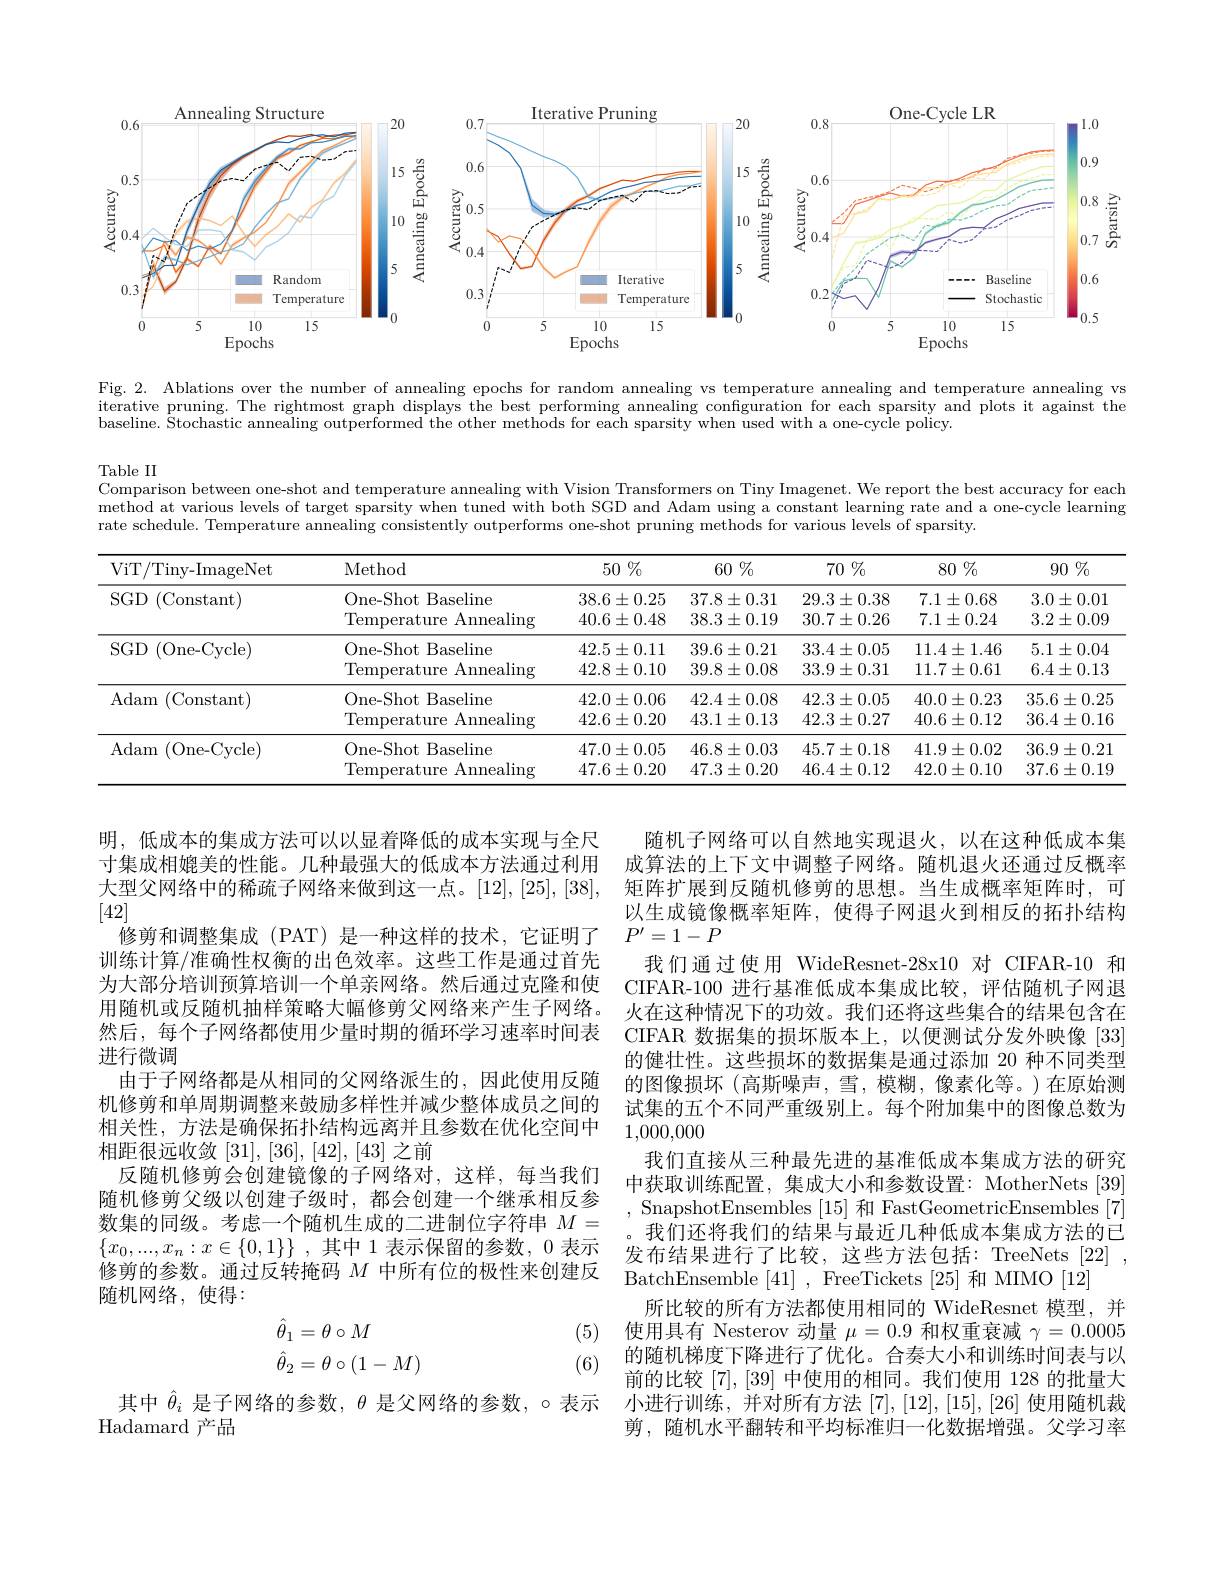
<FigureHere>

Fig. 2. Ablations over the number of annealing epochs for random annealing vs temperature annealing and temperature annealing vs iterative pruning. The rightmost graph displays the best performing annealing configuration for each sparsity and plots it against the baseline. Stochastic annealing outperformed the other methods for each sparsity when used with a one-cycle policy.

Table II
Comparison between one-shot and temperature annealing with Vision Transformers on Tiny Imagenet. We report the best accuracy for each $\dot{\text{method at various levels of target sparsity when tuned with both SGD and Adam using a constant learning rate and a one-cycle learning}}$ rate schedule. Temperature annealing consistently outperforms one-shot pruning methods for various levels of sparsity.

<table>
	<tbody>
		<tr>
			<th>ViT/Tiny-ImageNet</th>
			<th>Method</th>
			<th>$50\%$</th>
			<th>$60\%$</th>
			<th>70 $\%$</th>
			<th>80 $\%$</th>
			<th>$90\%$</th>
		</tr>
		<tr>
			<td>$SGD$ ${\mathrm{~(Constant)}}$</td>
			<td>One- Shot Baseline Temperature Annealing</td>
			<td>$38.6\pm0.25$ $40.6\pm0.48$</td>
			<td>$37.8\pm0.31$ $38.3\pm0.19$</td>
			<td>$29.3\pm0.38$ $30.7\pm0.26$</td>
			<td>$7.1\pm0.68$ $7.1\pm0.24$</td>
			<td>$3.0\pm0.01$ $3.2\pm0.09$</td>
		</tr>
		<tr>
			<td>$SGD$ ( One- Cycle) </td>
			<td>One-Shot Baseline Temperature Annealing</td>
			<td>$42.5\pm0.11$ $42.8\pm0.10$</td>
			<td>$39.6\pm0.21$ $39.8\pm0.08$</td>
			<td>$33.4\pm0.05$ $33.9\pm0.31$</td>
			<td>$11.4\pm1.46$ $11.7\pm0.61$</td>
			<td>$5.1\pm0.04$ $6.4\pm0.13$</td>
		</tr>
		<tr>
			<td>Adam (Constant)</td>
			<td>One- Shot Baseline Temperature Annealing</td>
			<td>$42.0\pm0.06$ $42.6\pm0.20$</td>
			<td>$42.4\pm0.08$ $43.1\pm0.13$</td>
			<td>$42.3\pm0.05$ $42.3\pm0.27$</td>
			<td>$40.0\pm0.23$ $40.6\pm0.12$</td>
			<td>$35.6\pm0.25$ $36.4\pm0.16$</td>
		</tr>
		<tr>
			<td>Adam ( One- Cycle) </td>
			<td>One- Shot Baseline Temperature Annealing</td>
			<td>$47.0\pm0.05$ $47.6\pm0.20$</td>
			<td>$46.8\pm0.03$ $47.3\pm0.20$</td>
			<td>$45.7\pm0.18$ $46.4\pm0.12$</td>
			<td>$41.9\pm0.02$ $42.0\pm0.10$</td>
			<td>$36.9\pm0.21$ $37.6\pm0.19$</td>
		</tr>
	</tbody>
</table>

明，低成本的集成方法可以以显着降低的成本实现与全尺寸集成相媲美的性能。几种最强大的低成本方法通过利用大型父网络中的稀疏子网络来做到这一点。[12],[25],[38], [42]
修剪和调整集成 (PAT) 是一种这样的技术，它证明了训练计算/准确性权衡的出色效率。这些工作是通过首先为大部分培训预算培训一个单亲网络。然后通过克隆和使用随机或反随机抽样策略大幅修剪父网络来产生子网络。然后，每个子网络都使用少量时期的循环学习速率时间表进行微调
由于子网络都是从相同的父网络派生的，因此使用反随机修剪和单周期调整来鼓励多样性并减少整体成员之间的相关性，方法是确保拓扑结构远离并且参数在优化空间中相距很远收敛[31],[36],[42],[43]之前
反随机修剪会创建镜像的子网络对，这样，每当我们随机修剪父级以创建子级时，都会创建一个继承相反参数集的同级。考虑一个随机生成的二进制位字符串$M=$ $\{ x_0, . . . , x_n: x\in \{ 0, 1\} \}$ ,其中 1 表示保留的参数，0 表示修剪的参数。通过反转掩码$M$中所有位的极性来创建反随机网络，使得：
$$\begin{aligned}\hat\theta_1&=\theta\circ M\\\hat\theta_2&=\theta\circ(1-M)\end{aligned}$$
试集的五个不同严重级别上。每个附加集中的图像总数为
### 1,000,000

随机子网络可以自然地实现退火，以在这种低成本集成算法的上下文中调整子网络。随机退火还通过反概率矩阵扩展到反随机修剪的思想。当生成概率矩阵时，可以生成镜像概率矩阵，使得子网退火到相反的拓扑结构$P'=1-P$
我们通过使用 WideResnet-28x10 对 CIFAR-10 和CIFAR-100 进行基准低成本集成比较，评估随机子网退火在这种情况下的功效。我们还将这些集合的结果包含在CIFAR 数据集的损坏版本上，以便测试分发外映像[33] 的健壮性。这些损坏的数据集是通过添加 20 种不同类型的图像损坏(高斯噪声，雪，模糊，像素化等。)在原始测
我们直接从三种最先进的基准低成本集成方法的研究中获取训练配置，集成大小和参数设置：MotherNets [39] , SnapshotEnsembles [15]和 FastGeometricEnsembles [7] 我们还将我们的结果与最近几种低成本集成方法的已发布结果进行了比较，这些方法包括：TreeNets[22], BatchEnsemble [41], FreeTickets [25]和 MIMO [12]
所比较的所有方法都使用相同的 WideResnet 模型，并使用具有 Nesterov 动量$\mu=0.9$和权重衰减$\gamma=0.0005$ 的随机梯度下降进行了优化。合奏大小和训练时间表与以前的比较[7],[39]中使用的相同。我们使用 128 的批量大小进行训练，并对所有方法[7],[12],[15],[26]使用随机裁剪，随机水平翻转和平均标准归一化数据增强。父学习率

(5)

(6)

其中$\hat{\theta}_i$是子网络的参数，$\theta$是父网络的参数，o 表示
Hadamard产品